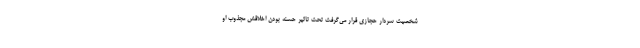
شخصیت سردار حجازی قرار می‌گرفت تحت تاثیر حسنه بودن اخلاقش مجذوب او